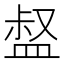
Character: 𥁽